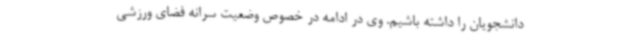
دانشجویان را داشته باشیم. وی در ادامه در خصوص وضعیت سرانه فضای ورزشی